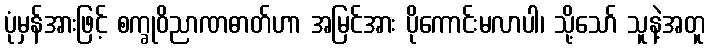
ပုံမှန်အားဖြင့် စက္ခုဝိညာဏဓာတ်ဟာ အမြင်အား ပိုကောင်းမလာပါ၊ သို့သော် သူနဲ့အတူ